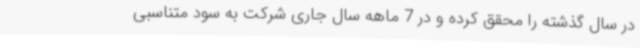
در سال گذشته را محقق کرده و در 7 ماهه سال جاری شرکت به سود متناسبی